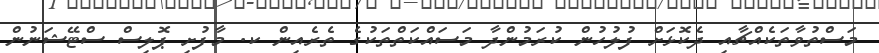
މަސްތުވާތަކެއްޗާއި ދެކޮޅަށް ފުލުހުން ކުރަމުންދާ މަސައްކަތްތަކުގެ ތެރެއިން ކ. މާފުށި ޕޮލިސް ސްޓޭޝަނުން